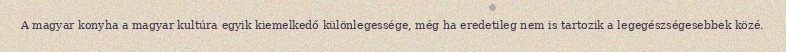
A magyar konyha a magyar kultúra egyik kiemelkedő különlegessége, még ha eredetileg nem is tartozik a legegészségesebbek közé.